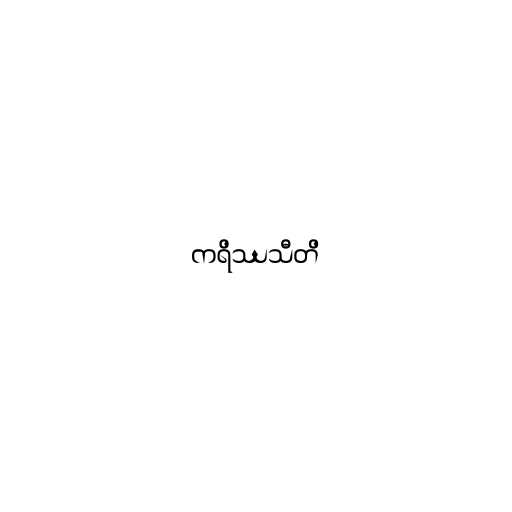
ကရိဿသီတိ